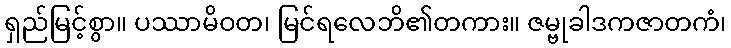
ရှည်မြင့်စွာ။ ပဿာမိဝတ၊ မြင်ရလေဘိ၏တကား။ ဇမ္ဗုခါဒကဇာတကံ၊